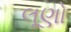
લૂણો